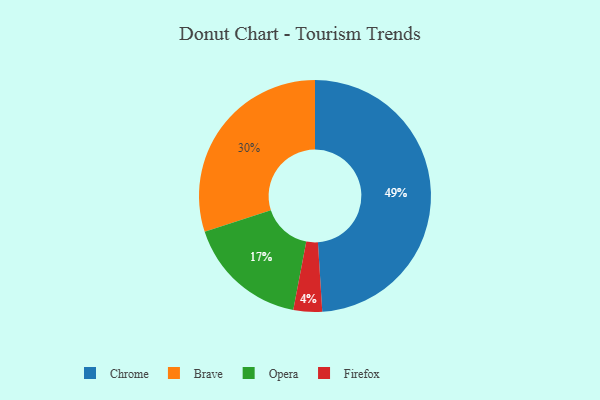
{"axis": {"x": "Category", "y": "Percentage"}, "legend": ["Brave", "Chrome", "Firefox", "Opera"], "data": [{"x": "Opera", "y": 17, "type": "Opera"}, {"x": "Brave", "y": 30, "type": "Brave"}, {"x": "Firefox", "y": 4, "type": "Firefox"}, {"x": "Chrome", "y": 49, "type": "Chrome"}]}